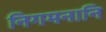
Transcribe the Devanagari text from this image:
निगमनानि